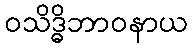
ဝသိဒ္ဓိဘာဝနာယ